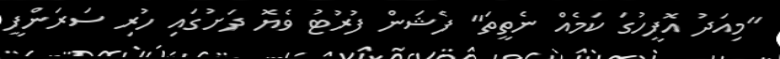
"މިއަދު އޮފީހުގަ ކަމެއް ނެތީތަ" ފެޝަން ފުރުޓު ވެޔޮ ދަށުގައި ހުރި ސަރަންފީ